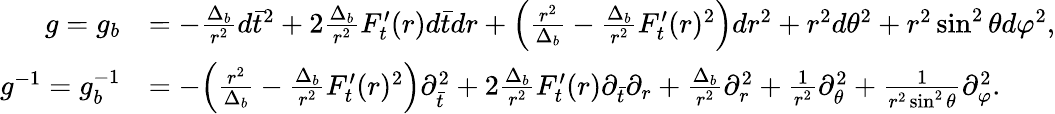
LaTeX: \begin{array}{rl}{g=g_{b}}&{=-\frac{\Delta_{b}}{r^{2}}d\bar{t}^{2}+2\frac{\Delta_{b}}{r^{2}}F_{t}^{\prime}(r)d\bar{t}dr+\Big(\frac{r^{2}}{\Delta_{b}}-\frac{\Delta_{b}}{r^{2}}F_{t}^{\prime}(r)^{2}\Big)dr^{2}+r^{2}d\theta^{2}+r^{2}\sin^{2}\theta d\varphi^{2},}\\ {g^{-1}=g_{b}^{-1}}&{=-\Big(\frac{r^{2}}{\Delta_{b}}-\frac{\Delta_{b}}{r^{2}}F_{t}^{\prime}(r)^{2}\Big)\partial_{\bar{t}}^{2}+2\frac{\Delta_{b}}{r^{2}}F_{t}^{\prime}(r)\partial_{\bar{t}}\partial_{r}+\frac{\Delta_{b}}{r^{2}}\partial_{r}^{2}+\frac{1}{r^{2}}\partial_{\theta}^{2}+\frac{1}{r^{2}\sin^{2}\theta}\partial_{\varphi}^{2}.}\end{array}